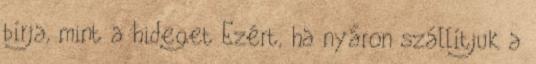
bírja, mint a hideget Ezért, ha nyáron szállítjuk a